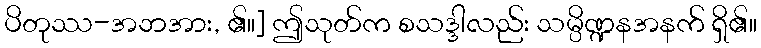
ပိတုဿ-အဘအား, ၏။] ဤသုတ်က စသဒ္ဒါလည်း သမ္ပိဏ္ဍနအနက် ရှိ၏။